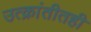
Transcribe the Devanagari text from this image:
उत्क्रांतीतही